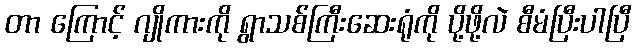
တာ ကြောင့် ဂျိုကားကို ရွာသစ်ကြီးဆေးရုံကို ပို့ဖို့လဲ စီမံပြီးပါပြီ